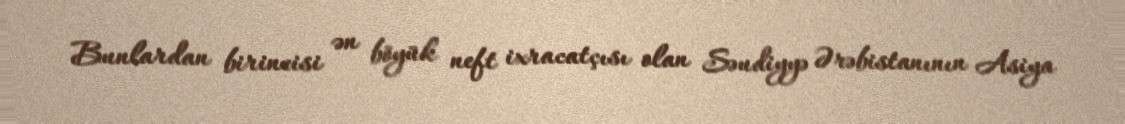
Bunlardan birincisi ən böyük neft ixracatçısı olan Səudiyyə Ərəbistanının Asiya